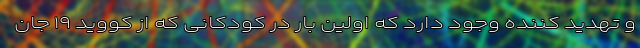
و تهدید کننده وجود دارد که اولین بار در کودکانی که از کووید ۱۹ جان